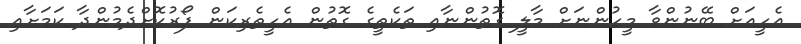
އެހީއަށް ބޭނުންވާ މީހުންނަށް މާލީ ގޮތުންނާއި ތަކެތީގެ ގޮތުން އެހީތެރިކަން ފޯރުކޮށްދެމުންދާ ކަމަށާއި